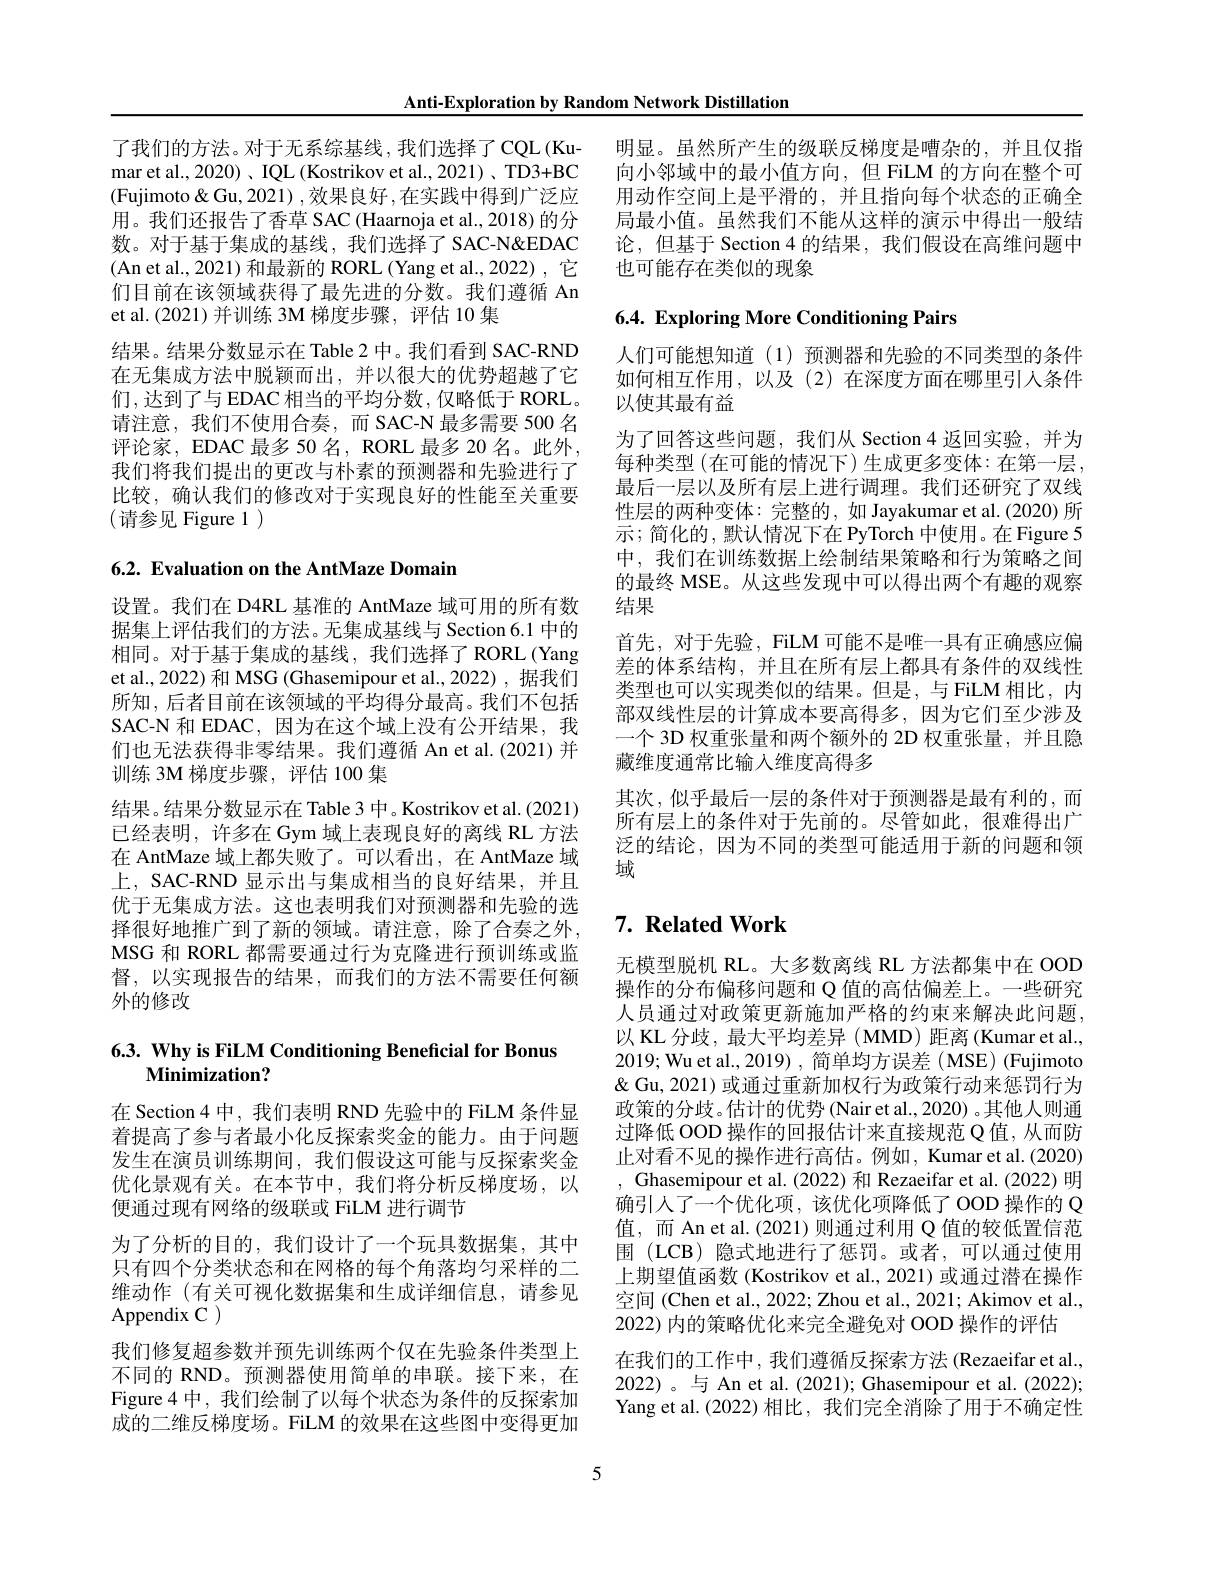
Anti-Exploration by Random Network Distillation

mar et al., 2020) , IQL (Kostrikov et al., 2021) , TD3+BC (Fujimoto&Gu,2021) ,效果良好 ,在实践中得到广泛应用。我们还报告了香草 SAC (Haarnoja et al.,2018) 的分数。对于基于集成的基线，我们选择了SAC-N"DAC (An et al.,2021) 和最新的 RORL (Yang et al.,2022) ,它们目前在该领域获得了最先进的分数。我们遵循 An et al.(2021)并训练 3M 梯度步骤，评估 10 集
结果。结果分数显示在 Table 2 中。我们看到 SAC-RND 在无集成方法中脱颖而出，并以很大的优势超越了它们，达到了与 EDAC 相当的平均分数，仅略低于 RORL。请注意，我们不使用合奏，而 SAC-N 最多需要 500 名评论家，EDAC 最多 50 名，RORL 最多 20 名。此外， 我们将我们提出的更改与朴素的预测器和先验进行了比较，确认我们的修改对于实现良好的性能至关重要(请参见 Figure 1)

6.2. Evaluation on the AntMaze Domain

设置。我们在 D4RL 基准的 AntMaze 域可用的所有数据集上评估我们的方法。无集成基线与 Section 6.1 中的相同。对于基于集成的基线，我们选择了 RORL(Yang et al., 2022) 和 MSG (Ghasemipour et al., 2022) ,据我们所知，后者目前在该领域的平均得分最高。我们不包括SAC-N 和 EDAC, 因为在这个域上没有公开结果，我们也无法获得非零结果。我们遵循 An et al.(2021)并训练 3M 梯度步骤，评估 100 集
结果。结果分数显示在 Table 3 中。Kostrikov et al. (2021) 已经表明，许多在 Gym 域上表现良好的离线 RL 方法在 AntMaze 域上都失败了。可以看出，在 AntMaze 域上，SAC-RND 显示出与集成相当的良好结果，并且优于无集成方法。这也表明我们对预测器和先验的选择很好地推广到了新的领域。请注意，除了合奏之外， MSG 和 RORL 都需要通过行为克隆进行预训练或监督，以实现报告的结果，而我们的方法不需要任何额外的修改

# 6.3. Why is FiLM Conditioning Beneficial for Bonus $\mathbf{Minimization?}$

在 Section 4 中，我们表明 RND 先验中的 FiLM 条件显着提高了参与者最小化反探索奖金的能力。由于问题发生在演员训练期间，我们假设这可能与反探索奖金优化景观有关。在本节中，我们将分析反梯度场，以便通过现有网络的级联或 FiLM 进行调节
为了分析的目的，我们设计了一个玩具数据集，其中只有四个分类状态和在网格的每个角落均匀采样的二维动作(有关可视化数据集和生成详细信息，请参见Appendix C )
我们修复超参数并预先训练两个仅在先验条件类型上不同的 RND。预测器使用简单的串联。接下来，在Figure 4 中，我们绘制了以每个状态为条件的反探索加成的二维反梯度场。FiLM 的效果在这些图中变得更加

了我们的方法。对于无系综基线，我们选择了CQL(Ku- 明显。虽然所产生的级联反梯度是嘈杂的，并且仅指
向小邻域中的最小值方向，但 FiLM 的方向在整个可用动作空间上是平滑的，并且指向每个状态的正确全局最小值。虽然我们不能从这样的演示中得出一般结论，但基于 Section 4 的结果，我们假设在高维问题中也可能存在类似的现象

## $6. 4. \textbf{Exploring More Conditioning Pairs}$

人们可能想知道(1)预测器和先验的不同类型的条件如何相互作用，以及(2)在深度方面在哪里引人条件以使其最有益
为了回答这些问题，我们从 Section 4 返回实验，并为每种类型 (在可能的情况下) 生成更多变体：在第一层， 最后一层以及所有层上进行调理。我们还研究了双线性层的两种变体：完整的，如 Jayakumar et al. (2020) 所示；简化的，默认情况下在 PyTorch 中使用。在 Figure 5中，我们在训练数据上绘制结果策略和行为策略之间的最终 MSE。从这些发现中可以得出两个有趣的观察结果
首先，对于先验，FiLM 可能不是唯一具有正确感应偏差的体系结构，并且在所有层上都具有条件的双线性类型也可以实现类似的结果。但是，与 FiLM 相比，内部双线性层的计算成本要高得多，因为它们至少涉及一个 3D 权重张量和两个额外的 2D 权重张量，并且隐藏维度通常比输入维度高得多
其次，似乎最后一层的条件对于预测器是最有利的，而所有层上的条件对于先前的。尽管如此，很难得出广泛的结论，因为不同的类型可能适用于新的问题和领域

## $7. \textbf{ Related Work}$

无模型脱机 RL。大多数离线 RL 方法都集中在 OOD 操作的分布偏移问题和 Q 值的高估偏差上。一些研究人员通过对政策更新施加严格的约束来解决此问题， 以 KL 分歧，最大平均差异 ( MMD) 距离 (Kumar et al., 2019; Wu et al., 2019) , 简单均方误差 ( MSE) (Fujimoto & Q Gu, 2021) 或通过重新加权行为政策行动来惩罚行为政策的分歧。估计的优势 (Nair et al., 2020) 。其他人则通过降低 OOD 操作的回报估计来直接规范 Q 值，从而防止对看不见的操作进行高估。例如，Kumar et al.(2020) , Ghasemipour et al. (2022) 和 Rezaeifar et al. (2022) 明确引人了一个优化项，该优化项降低了 OOD 操作的 Q 值，而 An et al. (2021) 则通过利用 Q 值的较低置信范围 (LCB) 隐式地进行了惩罚。或者，可以通过使用上期望值函数(Kostrikov et al., 2021) 或通过潜在操作空间 (Chen et al., 2022; Zhou et al., 2021; Akimov et al., 2022) 内的策略优化来完全避免对 OOD 操作的评估
在我们的工作中，我们遵循反探索方法 (Rezaeifar et al., 2022)。与 An et al. (2021); Ghasemipour et al. (2022); Yang et al.(2022)相比，我们完全消除了用于不确定性

5